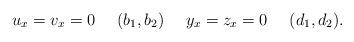
LaTeX: \begin{align*}u_x=v_x=0 \ \ \ \ (b_1,b_2) \ \ \ \ y_x=z_x =0 \ \ \ \ (d_1,d_2).\end{align*}